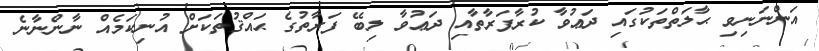
އަންނަނިވި ޙާލަތްތަކުގައި ދަޢުވާ ކުރާފަރާތާއި ދަޢުވާ ލިބޭ ފަރާތުގެ ޙައްޤުތަކަށް އުނިކަމެއް ނާންނާނެ